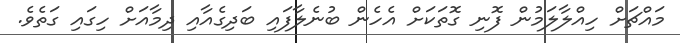
މައްޗަށް ހިއްލާލަމުން ފޮނި ގޮތަކަށް އެހެން ބުނެލާފައި ބަދިގެއާއި ދިމާއަށް ހިގައި ގަތެވެ.